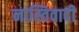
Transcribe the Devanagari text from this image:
नास्तिवादी